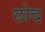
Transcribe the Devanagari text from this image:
छोद